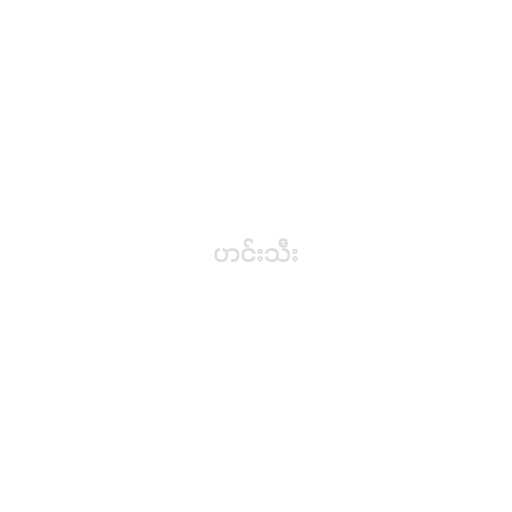
ဟင်းသီး